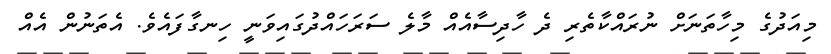
މިއަދުގެ މިހާތަނަށް ނުރައްކާތެރި ދެ ހާދިސާއެއް މާލެ ސަރަހައްދުގައިވަނީ ހިނގާފައެވެ. އެތަނުން އެއް